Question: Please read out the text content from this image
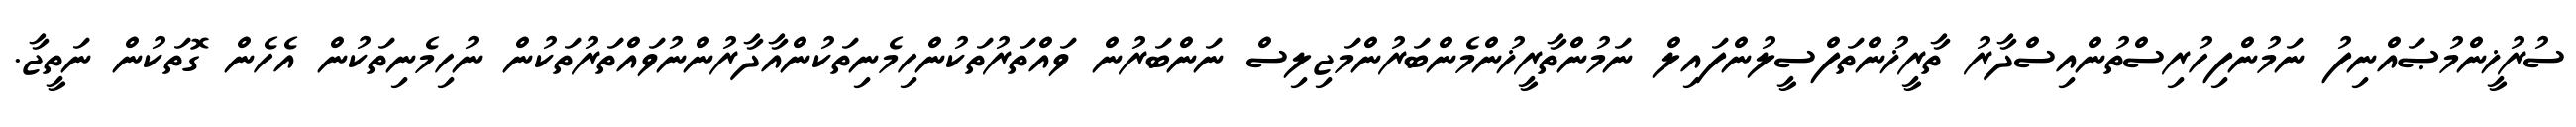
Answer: ސުރުޚީންމުޞައްނިފު ނަމުންފިހުރިސްތުންއިސްދާރު ތާރީޚުންތަފްސީލުންފައިލް ނަމުންތާރީޚުންމެންބަރުންމަޖިލިސް ނަންބަރުން ވައްތަރުތަކުންހިމެނިތަކުންއާދާރުންނުވައްތަރުތަކުން ނުހިމެނިތަކުން އެހެން ގޮތަކުން ނަތީޖާ.